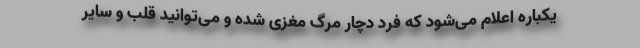
یکباره اعلام می‌شود که فرد دچار مرگ مغزی شده و می‌توانید قلب و سایر